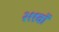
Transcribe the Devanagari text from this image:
२११वॉ